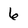
Character: 6